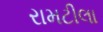
રામટીલા